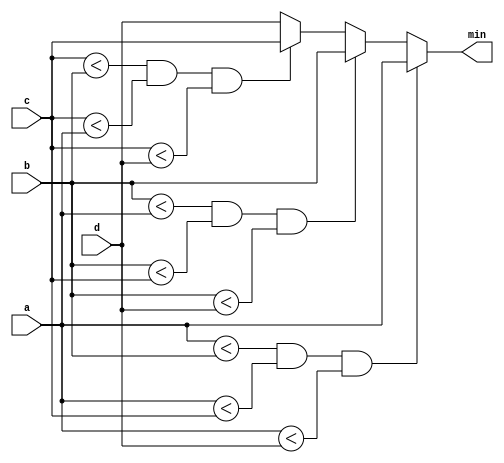
module top_module (
    input [7:0] a, b, c, d,
    output [7:0] min);//

    assign min = (a<b && a<c && a<d)? a: (b<a && b<c && b<d)? b: (c<b && c<a && c<d)? c: d;

endmodule